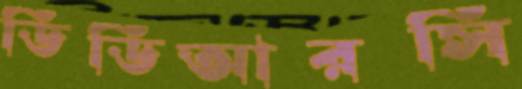
ডিডিআরসি